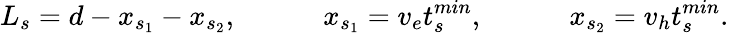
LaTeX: L_{s}=d-x_{s_{1}}-x_{s_{2}},~~~~~~~~~~~~x_{s_{1}}=v_{e}t_{s}^{min},~~~~~~~~~~~~x_{s_{2}}=v_{h}t_{s}^{min}.